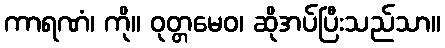
ကာရဏံ၊ ကို။ ဝုတ္တမေဝ၊ ဆိုအပ်ပြီးသည်သာ။